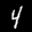
Label: 4